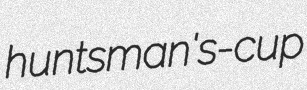
huntsman's-cup